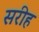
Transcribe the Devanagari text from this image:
सरीह